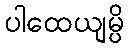
ပါထေယျမ္ပိ